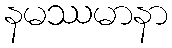
နမဿမာနာ